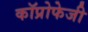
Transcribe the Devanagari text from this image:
कॉप्रोफेजी